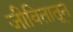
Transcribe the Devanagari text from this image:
जीवितातून